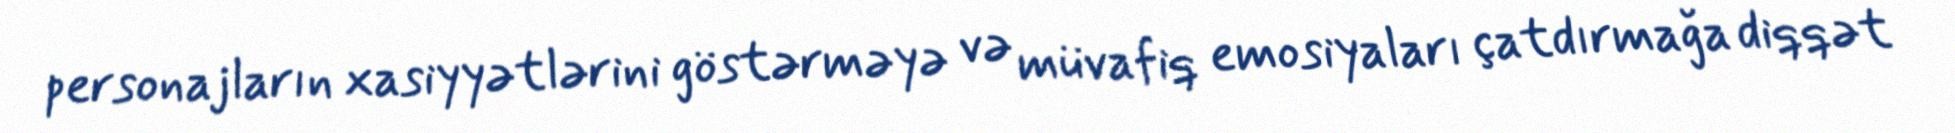
personajların xasiyyətlərini göstərməyə və müvafiq emosiyaları çatdırmağa diqqət